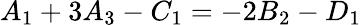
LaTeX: A_{1}+3A_{3}-C_{1}=-2B_{2}-D_{1}